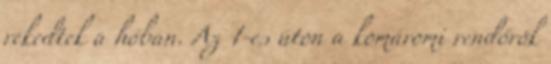
rekedtek a hóban. Az 1-es úton a komáromi rendőrök